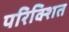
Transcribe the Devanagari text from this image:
परिक्शित